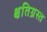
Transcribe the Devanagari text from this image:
क्षतिग्रस्‍त